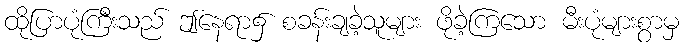
ထိုပြာပုံကြီးသည် ဤနေရာ၌ စခန်းချခဲ့သူများ ဖိုခဲ့ကြသော မီးပုံများစွာမှ